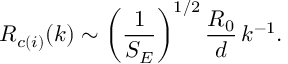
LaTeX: { \cal R } _ { c ( i ) } ( k ) \sim \left( { \frac { 1 } { S _ { E } } } \right) ^ { 1 / 2 } { \frac { R _ { 0 } } { d } } \, k ^ { - 1 } .